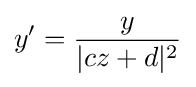
y'={\frac {y}{|cz+d|^{2}}}